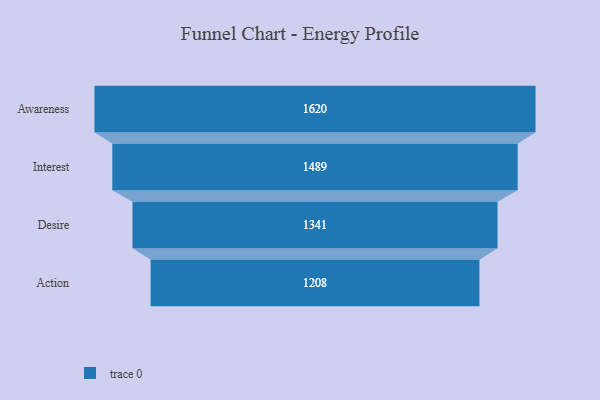
{"axis": {"x": "Stage", "y": "Value"}, "legend": [""], "data": [{"x": "Awareness", "y": 1620.0, "type": ""}, {"x": "Interest", "y": 1489.0, "type": ""}, {"x": "Desire", "y": 1341.0, "type": ""}, {"x": "Action", "y": 1208.0, "type": ""}]}